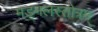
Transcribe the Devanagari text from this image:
मङ्गलस्तोत्रम्